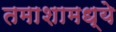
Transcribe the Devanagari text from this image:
तमाशामध्ये